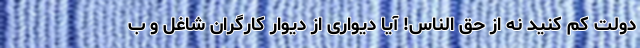
دولت کم کنید نه از حق الناس! آیا دیواری از دیوار کارگران شاغل و ب